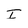
Character: I